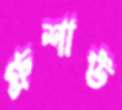
গ্রুশাউ